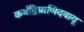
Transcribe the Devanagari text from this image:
कर्बद्विप्राणिदवायू